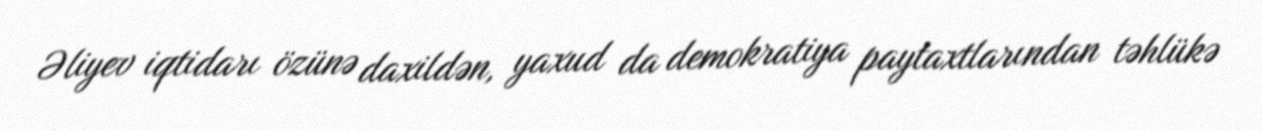
Əliyev iqtidarı özünə daxildən, yaxud da demokratiya paytaxtlarından təhlükə